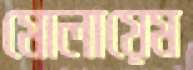
মোলায়েম